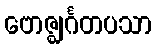
ဗောဇ္ဈင်္ဂတပသာ